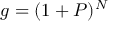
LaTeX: g = ( 1 + P ) ^ { N }